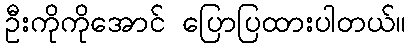
ဦးကိုကိုအောင် ပြောပြထားပါတယ်။